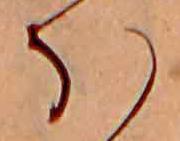
ほ